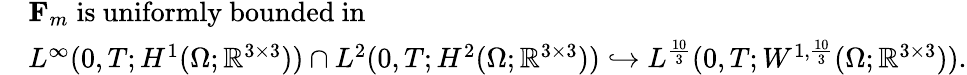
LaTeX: \begin{array}{rl}&{\mathbf{F}_{m}\; \mathrm{is~uniformly~bounded~in}}\\ &{L^{\infty}(0,T;H^{1}(\Omega;\mathbb{R}^{3\times 3}))\cap L^{2}(0,T;H^{2}(\Omega;\mathbb{R}^{3\times 3}))\hookrightarrow L^{\frac{10}{3}}(0,T;W^{1,\frac{10}{3}}(\Omega;\mathbb{R}^{3\times 3})).}\end{array}